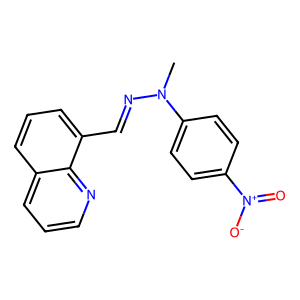
SMILES: CN(N=Cc1cccc2cccnc12)c1ccc([N+](=O)[O-])cc1
Inhibits HIV replication: No